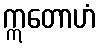
ဣတောဟံ